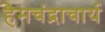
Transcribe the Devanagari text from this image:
हैमचंद्राचार्य